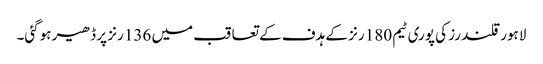
لاہور قلندرز کی پوری ٹیم 180 رنز کے ہدف کے تعاقب میں 136 رنز پر ڈھیر ہوگئی۔